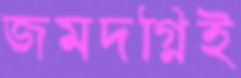
জমদগ্নিই